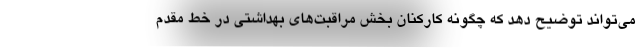
می‌تواند توضیح دهد که چگونه کارکنان بخش مراقبت‌های بهداشتی در خط مقدم